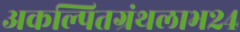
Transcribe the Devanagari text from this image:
अकल्पितग्रंथलाभ२४